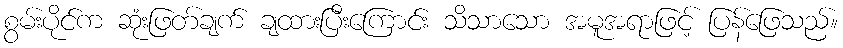
စွမ်းပိုင်က ဆုံးဖြတ်ချက် ချထားပြီးကြောင်း သိသာသော အမူအရာဖြင့် ပြန်ဖြေသည်။